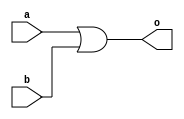
module orgate(a,b,o);
input a,b;
output o;
or or1(o,a,b);
endmodule